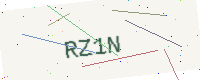
Text: RZ1N